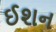
ઈશન